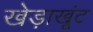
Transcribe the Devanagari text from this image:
खेड़ाखूंट